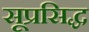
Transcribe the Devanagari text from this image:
सूप्रसिद्ध